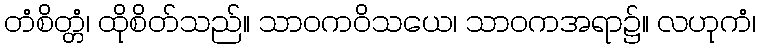
တံစိတ္တံ၊ ထိုစိတ်သည်။ သာဝကဝိသယေ၊ သာဝကအရာ၌။ လဟုကံ၊